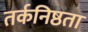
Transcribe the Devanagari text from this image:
तर्कनिष्ठता